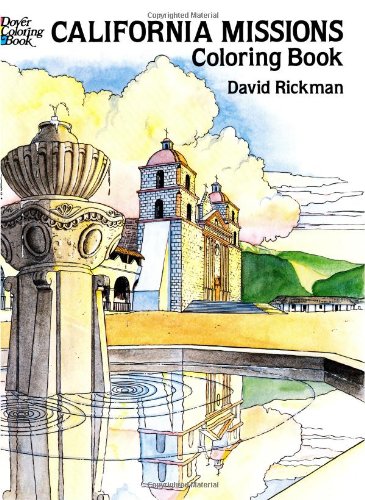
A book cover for California Missions Coloring Book (Dover History Coloring Book); David Rickman; Children's Books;